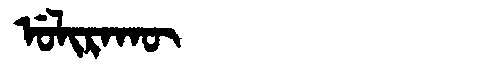
Manchu: ᡠᠯᡳᡵᠠᡴᡡ
Romanization: ULIRAKŪ